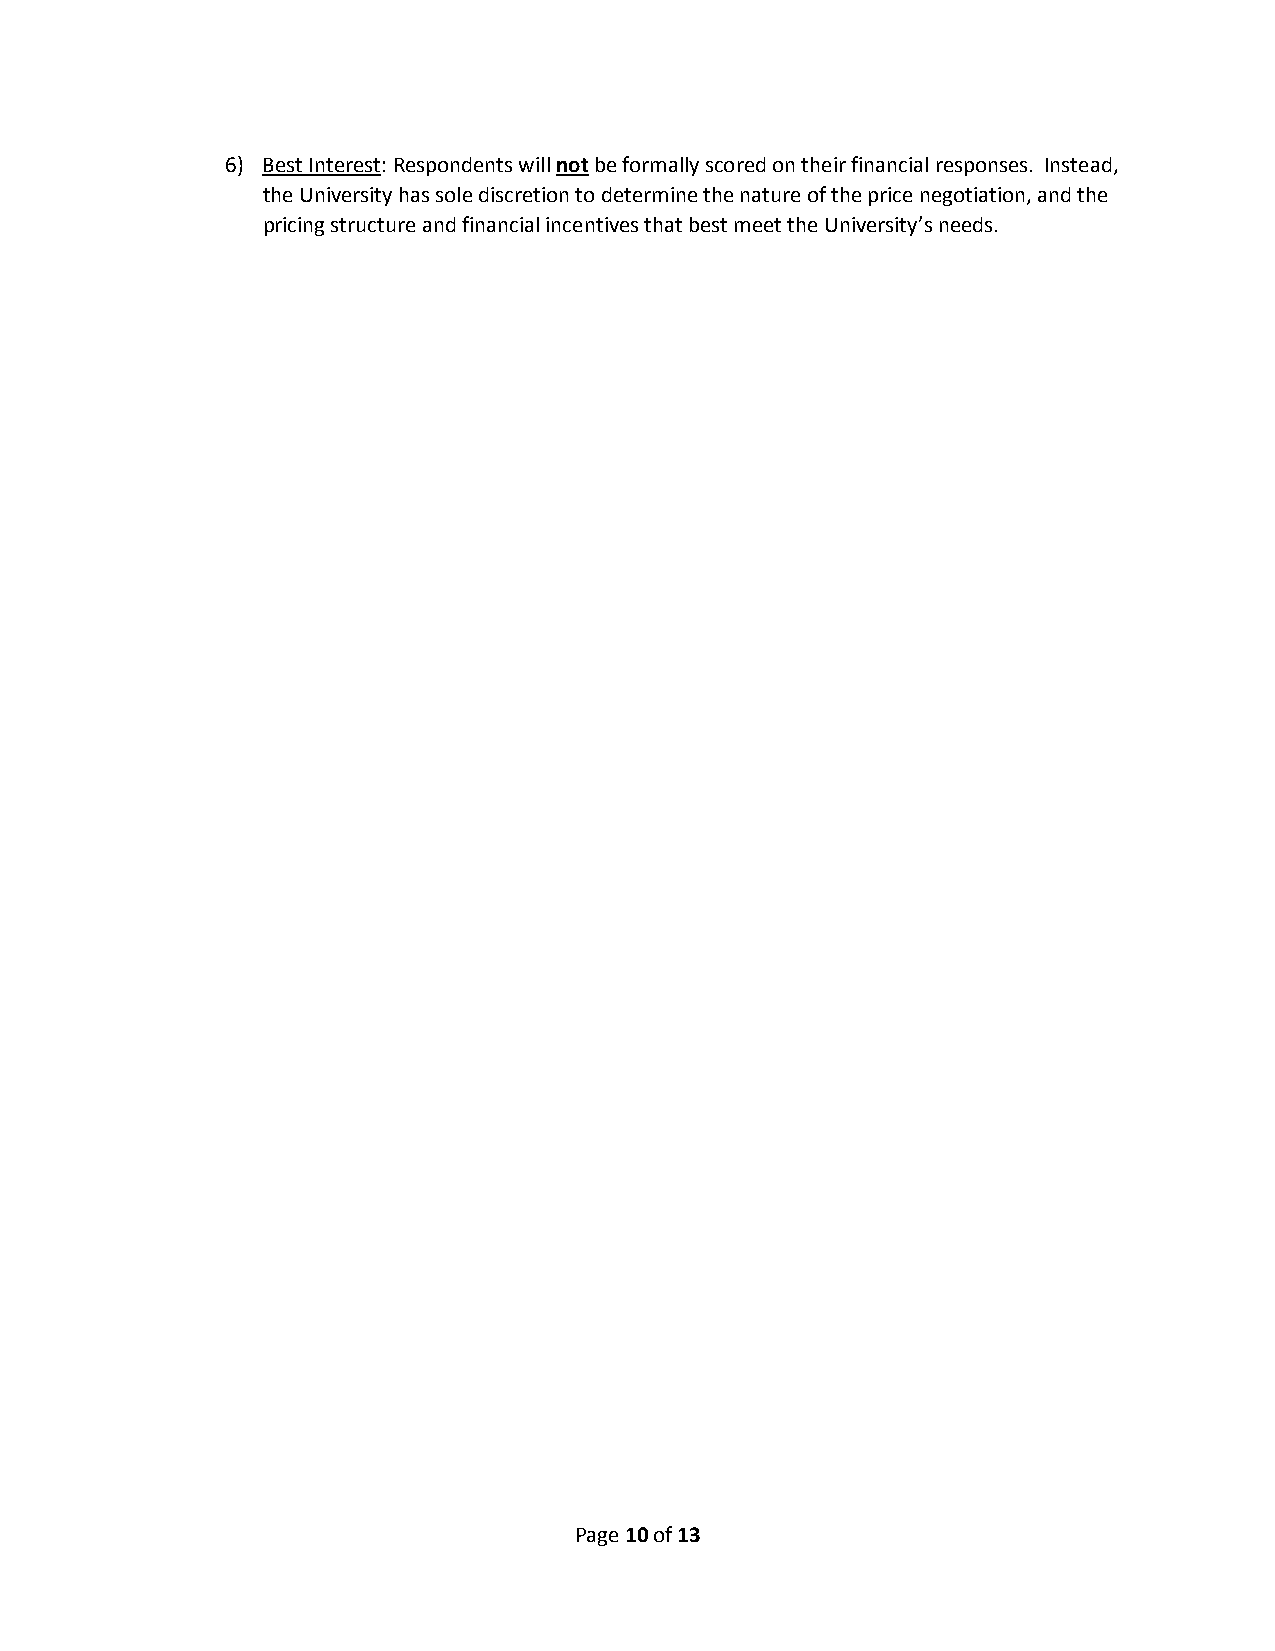
6) Best Interest: Respondents will not be formally scored on their financial responses. Instead,
 the University has sole discretion to determine the nature of the price negotiation, and the
 pricing structure and financial incentives that best meet the University’s needs.
 Page 10 of 13